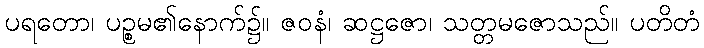
ပရတော၊ ပဉ္စမ၏နောက်၌။ ဇဝနံ၊ ဆဋ္ဌဇော၊ သတ္တမဇောသည်။ ပတိတံ